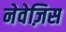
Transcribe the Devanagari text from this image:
नेवेज़िस